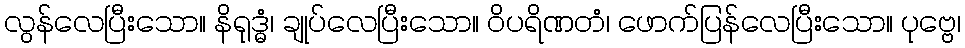
လွန်လေပြီးသော။ နိရုဒ္ဓံ၊ ချုပ်လေပြီးသော။ ဝိပရိဏတံ၊ ဖောက်ပြန်လေပြီးသော။ ပုဗ္ဗေ၊